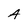
Character: A